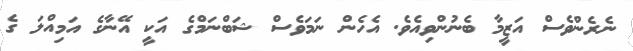
ނެރެންވެސް އަޒީމާ ބެނުންވިއެވެ. އެހެން ނަމަވެސް ޝަބްނަމްގެ އަކީ އޭނާގެ އަމިއްލަ ގެ